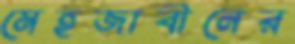
মেহজাবীনের